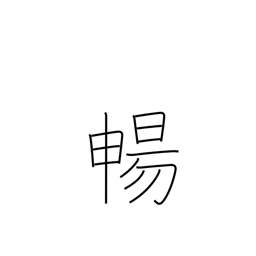
Meaning: stretch